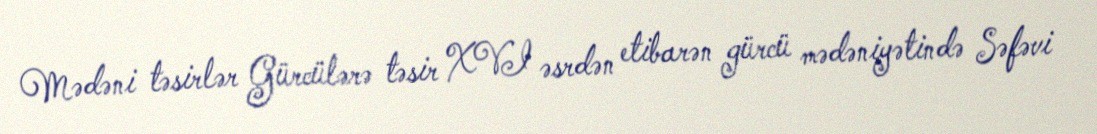
Mədəni təsirlər Gürcülərə təsir XVI əsrdən etibarən gürcü mədəniyətində Səfəvi